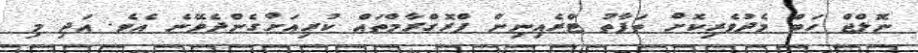
ނޮލްޖް ހަބް މެދުވެރިކޮށް ތަފާތު ޓްރެއިނިން ޕްރޮގްރާމްތައް ކުރިއަށްގެންދެވޭނެ އެވެ. އަދި މި